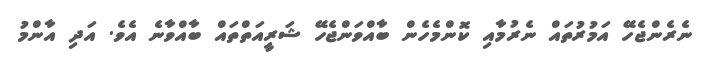
ނެރެންޖެހޭ އަމުރުތައް ނެރުމާއި ކޮންމެހެން ބާއްވަންޖެހޭ ޝަރީއަތްތައް ބާއްވާނެ އެވެ. އަދި އާންމު